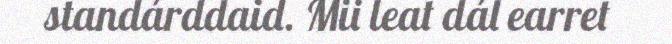
standárddaid. Mii leat dál earret